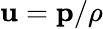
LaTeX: \mathbf{u}=\mathbf{p}/\rho